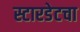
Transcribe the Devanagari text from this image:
स्टारडेटचा